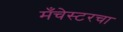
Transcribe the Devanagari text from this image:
मँचेस्टरचा